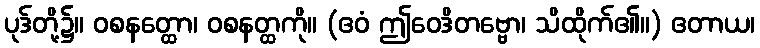
ပုဒ်တို့၌။ ဝစနတ္ထော၊ ဝစနတ္ထကို။ (ဧဝံ ဤဝေဒိတဗ္ဗော၊ သိထိုက်၏။) ဧတာယ၊